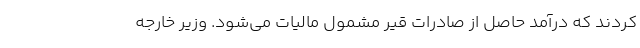
کردند که درآمد حاصل از صادرات قیر مشمول مالیات می‌شود. وزیر خارجه